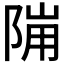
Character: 𱀙